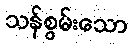
သန်စွမ်းသော